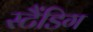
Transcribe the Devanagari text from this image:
स्टैंडिग